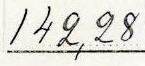
142,28